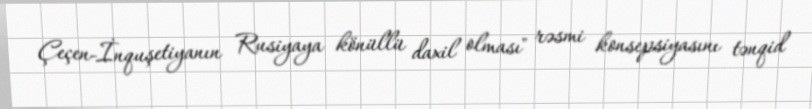
Çeçen-İnquşetiyanın Rusiyaya könüllü daxil olması" rəsmi konsepsiyasını tənqid